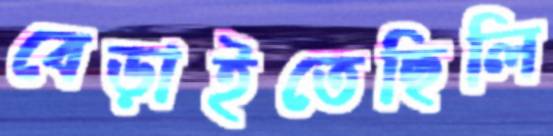
বেড়াইতেছিলি